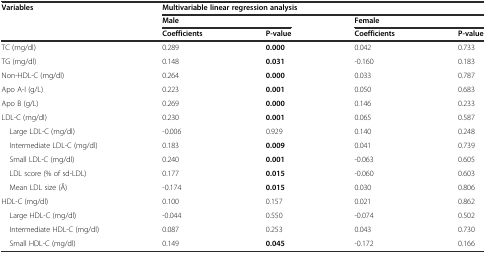
| Variables | <COLSPAN=4> Multivariable linear regression analysis |
 |  | <COLSPAN=2> Male | <COLSPAN=2> Female |
 |  | Coefficients | P-value | Coefficients | P-value |
 | --- | --- | --- | --- | --- |
 | TC (mg/dl) | 0.289 | 0.000 | 0.042 | 0.733 |
 | TG (mg/dl) | 0.148 | 0.031 | -0.160 | 0.183 |
 | Non-HDL-C (mg/dl) | 0.264 | 0.000 | 0.033 | 0.787 |
 | Apo A-I (g/L) | 0.223 | 0.001 | 0.050 | 0.683 |
 | Apo B (g/L) | 0.269 | 0.000 | 0.146 | 0.233 |
 | LDL-C (mg/dl) | 0.230 | 0.001 | 0.065 | 0.587 |
 | Large LDL-C (mg/dl) | -0.006 | 0.929 | 0.140 | 0.248 |
 | Intermediate LDL-C (mg/dl) | 0.183 | 0.009 | 0.041 | 0.739 |
 | Small LDL-C (mg/dl) | 0.240 | 0.001 | -0.063 | 0.605 |
 | LDL score (% of sd-LDL) | 0.177 | 0.015 | -0.060 | 0.603 |
 | Mean LDL size (Å) | -0.174 | 0.015 | 0.030 | 0.806 |
 | HDL-C (mg/dl) | 0.100 | 0.157 | 0.021 | 0.862 |
 | Large HDL-C (mg/dl) | -0.044 | 0.550 | -0.074 | 0.502 |
 | Intermediate HDL-C (mg/dl) | 0.087 | 0.253 | 0.043 | 0.730 |
 | Small HDL-C (mg/dl) | 0.149 | 0.045 | -0.172 | 0.166 |